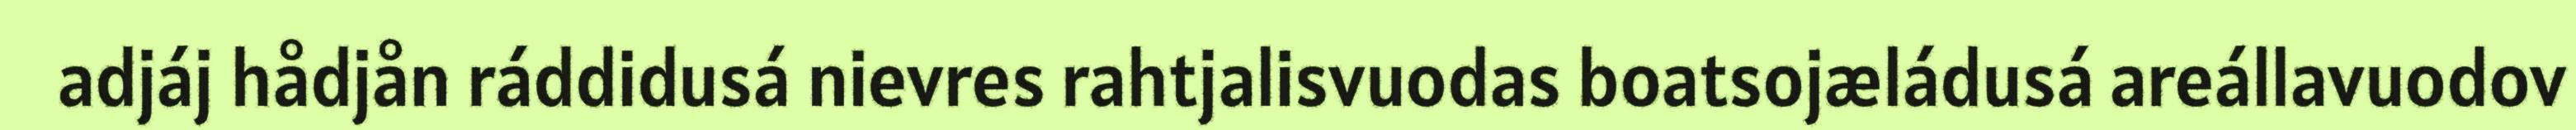
adjáj hådjån ráddidusá nievres rahtjalisvuodas boatsojæládusá areállavuodov